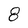
Character: 8